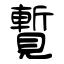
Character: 覱